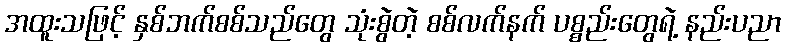
အထူးသဖြင့် နှစ်ဘက်စစ်သည်တွေ သုံးစွဲတဲ့ စစ်လက်နက် ပစ္စည်းတွေရဲ့ နည်းပညာ